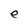
Character: e